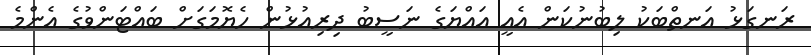
ރަނގަޅު އަނތްބަކު ލިބުނުކަން އެއީ އައްޔަގެ ނަސީބު ދިރިއުޅުން ހެޔޮމަގަށް ބައްޓަންވުގެ އެންމެ